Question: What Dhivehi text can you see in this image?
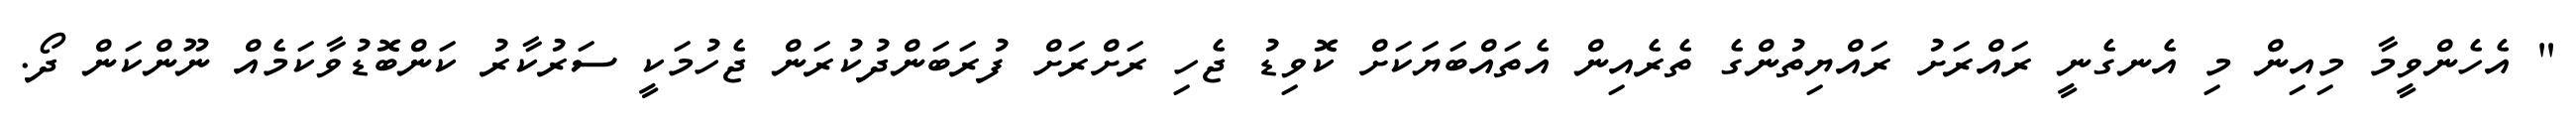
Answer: " އެހެންވީމާ މިއިން މި އެނގެނީ ރައްރަށު ރައްޔިތުންގެ ތެރެއިން އެތައްބަޔަކަށް ކޮވިޑު ޖެހި ރަށްރަށް ފުރަބަންދުކުރަން ޖެހުމަކީ ސަރުކާރު ކަންބޮޑުވާކަމެއް ނޫންކަން ދޯ.